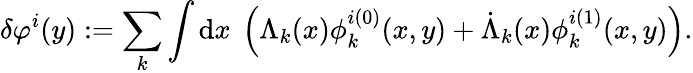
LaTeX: \delta\varphi^{i}(y):=\sum_{k}\int\mathrm{d}x\ \left(\Lambda_{k}(x)\phi_{k}^{i(0)}(x,y)+\dot{{\Lambda}}_{k}(x)\phi_{k}^{i(1)}(x,y)\right).